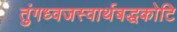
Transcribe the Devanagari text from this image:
तुंगध्वजस्वार्थबद्धकोटि